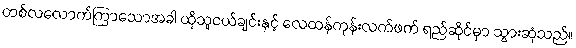
တစ်လလောက်ကြာသောအခါ ထိုသူငယ်ချင်းနှင့် လေထန်ကုန်းလက်ဖက် ရည်ဆိုင်မှာ သွားဆုံသည်။